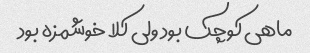
ماهی کوچک بود ولی کلا خوشمزه بود